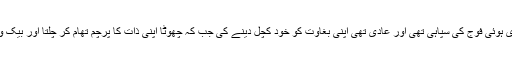
فرق یہ تھا کہ وہ جنم جنم سے ہاری ہوئی فوج کی سپاہی تھی اور عادی تھی اپنی بغاوت کو خود کچل دینے کی جب کہ چھوٹا اپنی ذات کا پرچم تھام کر چلتا اور بیک وقت سب کے ساتھ آمادہ پیکار رہتا۔